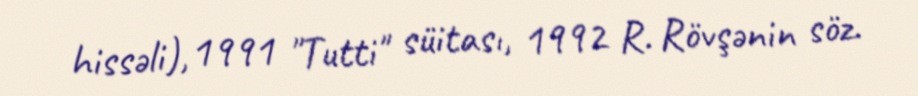
hissəli), 1991 "Tutti" süitası, 1992 R. Rövşənin söz.